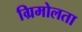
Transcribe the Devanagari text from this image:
ग्रिमोलता